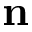
{ \bf n }